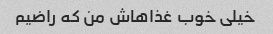
خیلی خوب غذاهاش من که راضیم